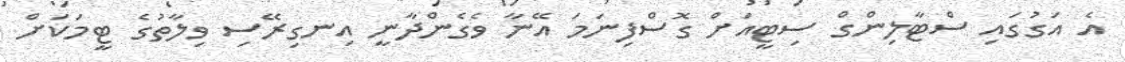
އެ އަގުގައި ސްޓާލިންގް ސިޓީއަށް ގޮސްފިނަމަ އޭނާ ވެގެންދާނީ އިނގިރޭސި ވިލާތުގެ ޓީމަކަށް